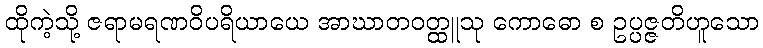
ထိုကဲ့သို့ ဇရာမရဏဝိပရိယာယေ အာဃာတဝတ္ထူသု ကောဓော စ ဥပ္ပဇ္ဇတိဟူသော